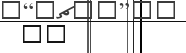
٦٩